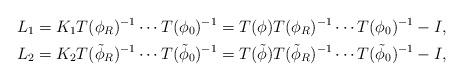
LaTeX: \begin{align*}L_1 &= K_1 T(\phi_R)^{-1}\cdots T(\phi_0)^{-1}= T(\phi) T(\phi_R)^{-1}\cdots T(\phi_0)^{-1}-I,\\L_2 &= K_2 T(\tilde{\phi}_R)^{-1}\cdots T(\tilde{\phi}_0)^{-1}=T(\tilde{\phi}) T(\tilde{\phi}_R)^{-1}\cdots T(\tilde{\phi}_0)^{-1}-I,\end{align*}